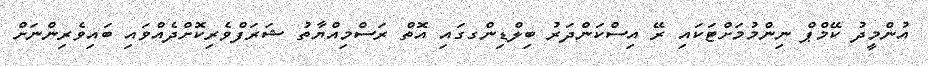
އުންމީދު ކޭމްޕް ނިންމުމަށްޓަކައި ރޭ އިސްކަންދަރު ބިލްޑިންގގައި އޮތް ރަސްމިއްޔާތު ޝަރަފްވެރިކޮށްދެއްވައި ބައިވެރިންނަށް